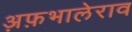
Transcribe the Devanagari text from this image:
अ़फ़भालेराव